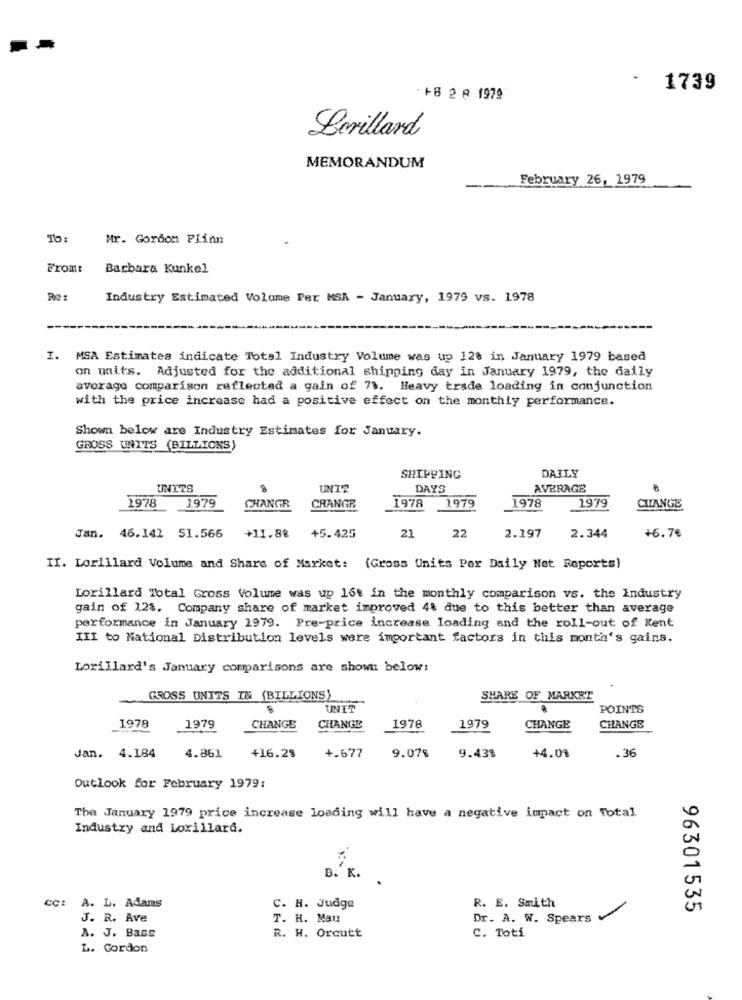
1739
+8 2 R 1979
Lorillard
MEMORANDUM
February 26, 1979
To
Mr. Gordon Piinn
From:
Barbara Kunkel
Industry Estimated Volume Per MSA - January, 1979 vs. 1978
I. MSA Estimates indicate Total Industry Volume was up 128 in January 1979 based
on units. Adjusted for the additional shipping day in January 1979, the daily
average comparison reflected a gain of 73. Heavy trade loading in conjunction
with the price increase had a positive effect on the monthly performance.
Shown below are Industry Estimates for January.
GROSS UNITS (BILLIONS)
SHIPPING
DAILY
UNITS
UN'T'
DAYS
AVERAGE
1979
1978
1979
2978
CHANGR
CHANGE
1979
1978
CHANGE
22
2.344
+6.7€
Jan. 46.142 51.566
+11.88
+5.425
21
2.197
II. Lorillard Volume and Share of Market: (Gross Units Per Daily Net Reports)
Lorillard Total Gross Volume was up 16% in the monthly comparison vs. the Industry
gain of 124. Company share of market improved 4% due to this better than average
performance in January 1979. Pre-price increase loading and the roll-out of Kent
III to National Distribution levels were important factors in this month's gains.
Lorillard's January comparisons are shown below:
GROSS UNITS IN (BILLIONS)
SHARE OF MARKRT
UNIT
POINTS
1978
1979
CHANGE
CHANGE
1978
1979
CHANGE
CHANGE
.36
Jan. 4.184
4.861
+16.28
+.677
9.07%
9.43%
+4.0%
Outlook for February 1979:
The January 1979 price increase loading will have a negative impact on Total
Industry and Lorillard.
K.
CC: A. L. Adams
R. E. Smith
C. H. Judge
96301535
J. R. Ave
T. H. Mau
Dr. A. W. Spears
R. H. Orcutt
C. Toti
A. J. Bass
L. Gordon